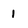
Character: 1